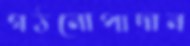
গঠনোপাদান